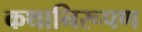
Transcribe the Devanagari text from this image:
कथानिरूपण